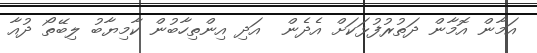
އަމާން އޮމާން ދަތުރުފުޅަކަށް އެދެން  އަދި އިންތިހާބުން ކާމިޔާބު ލިބޭތޯ ދުއާ